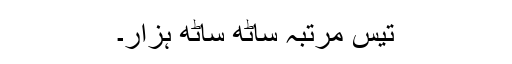
تیس مرتبہ ساٹھ ساٹھ ہزار۔